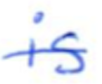
Text: is
Cross-out: single-line
Writing tool: ballpoint